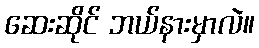
ဆေးဆိုင် ဘယ်နားမှာလဲ။